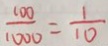
\frac { 1 0 0 } { 1 0 0 0 } = \frac { 1 } { 1 0 }